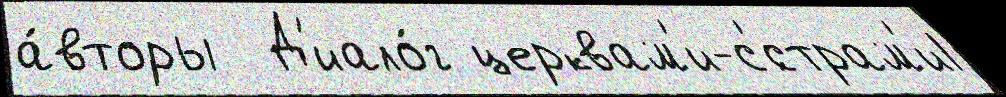
а́вторы  Д'иало́г церквам'и-с'́страм'и1